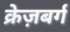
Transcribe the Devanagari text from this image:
क्रेज़बर्ग